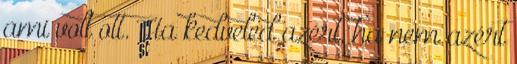
ami volt ott. Ha kedveled azért, ha nem azért